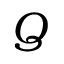
Q